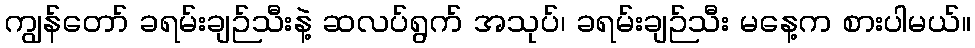
ကျွန်တော် ခရမ်းချဉ်သီးနဲ့ ဆလပ်ရွက် အသုပ်၊ ခရမ်းချဉ်သီး မနေ့က စားပါမယ်။